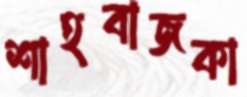
শাহবাজকা